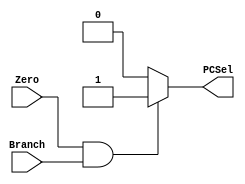
`timescale 1ns / 1ps
//////////////////////////////////////////////////////////////////////////////////
// Company: 
// Engineer: 
// 
// Design Name: 
// Module Name: PCSel
// Project Name: 
// Target Devices: 
// Tool Versions: 
// Description: 
// 
// Dependencies: 
// 
// Revision:
// Revision 0.01 - File Created
// Additional Comments:
// 
//////////////////////////////////////////////////////////////////////////////////


/// PCSel ///
module PCSel(
input Zero,Branch,
output reg PCSel
);

always @(*)begin
 
    if(Zero == 1'b1 && Branch == 1'b1)begin // AND gate output if branch and zero are 1
        PCSel <= 1'b1;
        end
        
    else begin
        PCSel <= 1'b0;
        end
end

endmodule